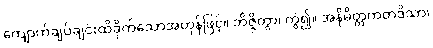
ကျောက်ချပ်ချင်းထိခိုက်သောအဟုန်ဖြင့်။ ဘိဇ္ဇိတွာ၊ ကွဲ၍။ အနိမိတ္တကတဒိသာ၊